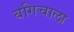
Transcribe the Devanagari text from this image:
बगिचाला